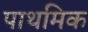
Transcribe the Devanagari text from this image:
पाथमिक